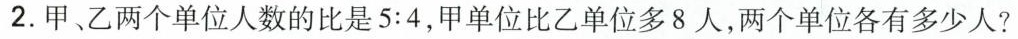
2. 甲、乙两个单位人数的比是5:4，甲单位比乙单位多8人，两个单位各有多少人?